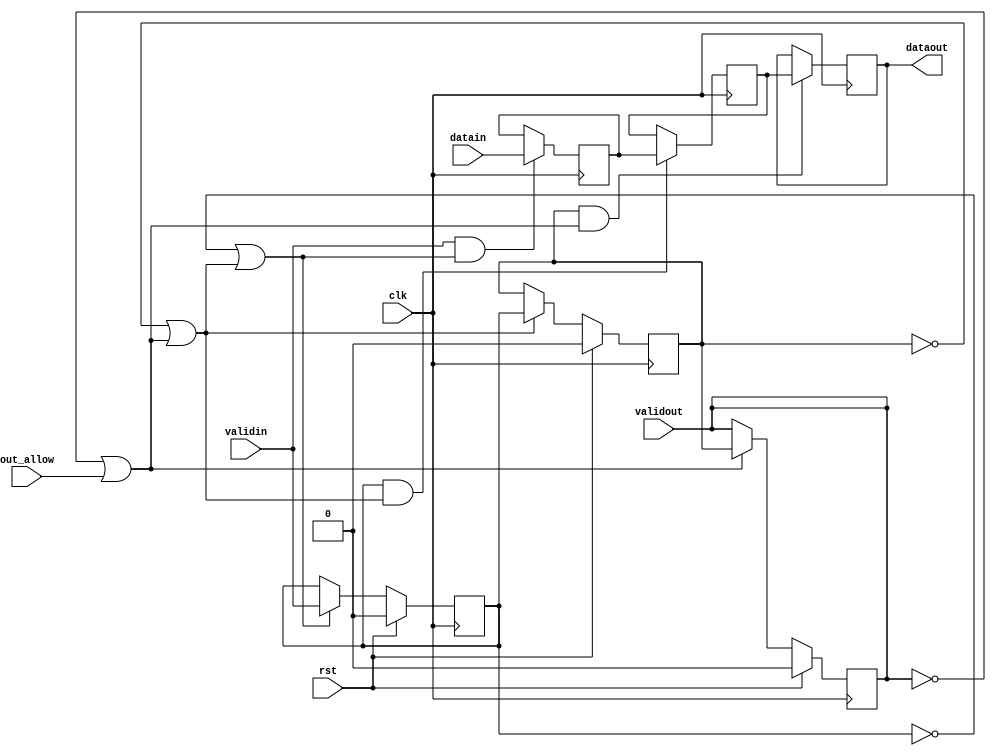
module stallable_pipeline
    #(
        parameter WIDTH = 4
    )
    (
        input clk,rst,
        input validin,
        input [WIDTH-1:0] datain,
        input out_allow,
        input validout,
        output [WIDTH-1:0] dataout
    );

    // pipeX_valid : ǰǷЧ
    reg pipe1_valid;
    reg [WIDTH-1:0] pipe1_data;
    
    reg pipe2_valid;
    reg [WIDTH-1:0] pipe2_data;

    reg pipe3_valid;
    reg [WIDTH-1:0] pipe3_data;

    /* -----------------pipe1----------------- */
    // local parameter
    wire    pipe1_alllowin; // if=1, pipe1һݣˢ
    wire    pipe1_ready_go; // if=1, pipe1ݸһ
    wire    pipe1_to_pipe2_valid; //if =1, pipe1ݿԴpipe2

    // conditional set 
    assign pipe1_ready_go = 1'b1; //һֱpipe1ݸһ
    assign pipe1_alllowin = !pipe1_valid || pipe1_ready_go && pipe2_allowin;
    assign pipe1_to_pipe2_valid = pipe1_valid && pipe1_ready_go;

    always @(posedge clk ) begin
        if (rst == 1'b1) pipe1_valid <= 1'b0;
        else if (pipe1_alllowin == 1'b1) pipe1_valid <= validin;
        if (validin == 1'b1 && pipe1_alllowin == 1'b1) pipe1_data <= datain;     
    end

    /* -----------------pipe2------------------ */
    // local parameter
    wire pipe2_allowin;
    wire pipe2_ready_go;
    wire pipe2_to_pipe3_valid;

    // conditional set
    assign pipe2_ready_go = 1'b1;
    assign pipe2_allowin = !pipe2_valid || pipe2_ready_go && pipe3_allowin;
    assign pipe2_to_pipe3_valid = pipe2_valid && pipe2_ready_go;

    always @(posedge clk) begin
        if (rst == 1'b1) pipe2_valid <= 1'b0;
        else if (pipe2_allowin == 1'b1) pipe2_valid <= pipe1_to_pipe2_valid;
        if (pipe1_to_pipe2_valid && pipe2_allowin) pipe2_data <= pipe1_data;
    end

    /* ----------------pipe3------------------- */
    //local parameter
    wire pipe3_allowin;
    wire pipe3_ready_go;
    
    //conditional set
    assign pipe3_ready_go = 1'b1;
    assign pipe3_allowin = !pipe3_valid || pipe3_ready_go && out_allow;

    always @(posedge clk) begin
        if (rst == 1'b1) pipe3_valid <= 1'b0;
        else if (pipe3_allowin) pipe3_valid <= pipe2_to_pipe3_valid;
        if (pipe2_to_pipe3_valid && pipe3_allowin) pipe3_data <= pipe2_data;
    end
    /* -----------------out--------------------- */

    assign validout = pipe3_ready_go && pipe3_valid;
    assign dataout = pipe3_data;

endmodule